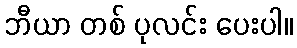
ဘီယာ တစ် ပုလင်း ပေးပါ။